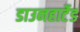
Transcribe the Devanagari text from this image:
डाउनहार्टेड